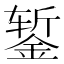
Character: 錾